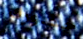
حضورك